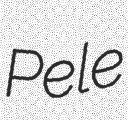
Pele